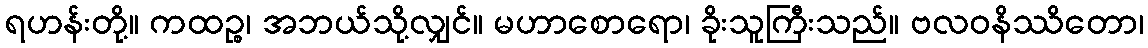
ရဟန်းတို့။ ကထဉ္စ၊ အဘယ်သို့လျှင်။ မဟာစောရော၊ ခိုးသူကြီးသည်။ ဗလဝနိဿိတော၊